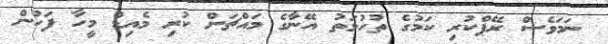
ނަމަވެސް ރޭޕްކުރި ކަމުގެ ތުހުމަތު އޭނާގެ މައްޗަށް ކުރި މެއިޑް މީހާ ފަހުން